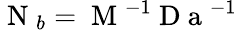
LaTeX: \mathrm{~N~}_{b}=\mathrm{~M~}^{-1}\mathrm{~D~a~}^{-1}